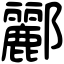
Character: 酈